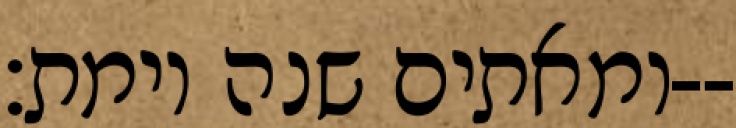
ומאתים שנה וימת׃--